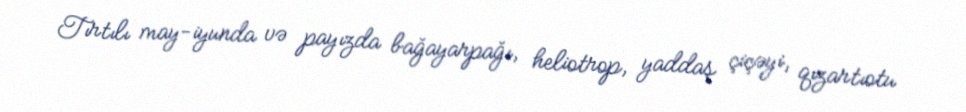
Tırtılı may-iyunda və payızda bağayarpağı, heliotrop, yaddaş çiçəyi, qızartıotu